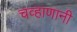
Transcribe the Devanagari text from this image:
चव्हाणानी